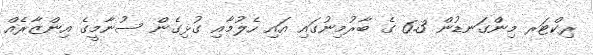
ރިކްޓަރ މިންގަނޑުން 6.3 ގެ ބާރުމިނުގައި އައި ހެލުމާއި ގުޅިގެން ސުނާމީގެ އިންޒާރެއް